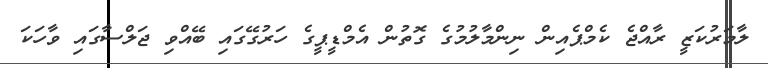
ލާމަރުކަޒީ ރާއްޖެ ކެމްޕެއިން ނިންމާލުމުގެ ގޮތުން އެމްޑީޕީގެ ހަރުގޭގައި ބޭއްވި ޖަލްސާގައި ވާހަކަ